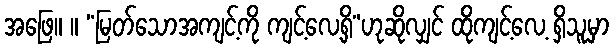
အဖြေ။ ။ “မြတ်သောအကျင့်ကို ကျင့်လေ့ရှိ”ဟုဆိုလျှင် ထိုကျင့်လေ့ ရှိသူမှာ